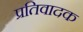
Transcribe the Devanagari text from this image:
प्रतिवादक